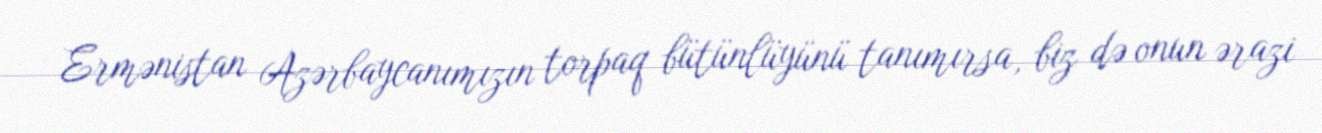
Ermənistan Azərbaycanımızın torpaq bütünlüyünü tanımırsa, biz də onun ərazi